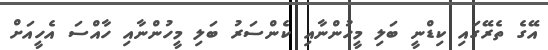
އޭގެ ތެރޭގައި ކިޑްނީ ބަލި މީހުންނާއި ކެންސަރު ބަލި މީހުންނާއި ހާއްސަ އެހީއަށް